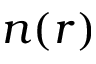
n ( r )